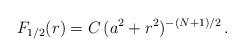
LaTeX: \begin{align*}F_{1/2}(r)={C}\,(a^2+r^2)^{-(N+1)/2}\,.\end{align*}